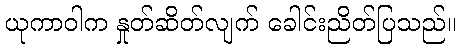
ယုကာဝါက နှုတ်ဆိတ်လျက် ခေါင်းညိတ်ပြသည်။